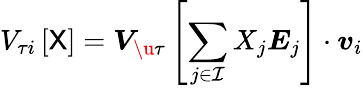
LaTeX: V_{\tau i}\left[{\sf X}\right]=\boldsymbol{V}_{\u{\tau}}\left[\sum_{j\in\mathcal{I}}X_{j}\boldsymbol{E}_{j}\right]\cdot\boldsymbol{v}_{i}